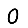
Digit: 0